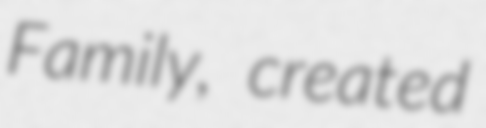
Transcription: Family, created